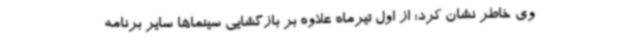
وی خاطر نشان کرد: از اول تیرماه علاوه بر بازگشایی سینماها سایر برنامه